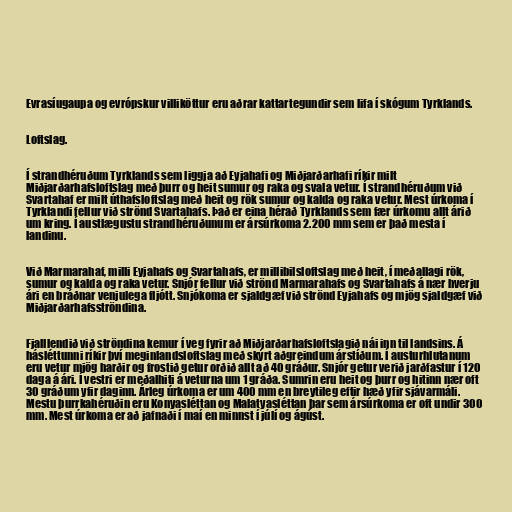
Evrasíugaupa og evrópskur villiköttur eru aðrar kattartegundir sem lifa í skógum Tyrklands.

Loftslag.

Í strandhéruðum Tyrklands sem liggja að Eyjahafi og Miðjarðarhafi ríkir milt
Miðjarðarhafsloftslag með þurr og heit sumur og raka og svala vetur. Í strandhéruðum við
Svartahaf er milt úthafsloftslag með heit og rök sumur og kalda og raka vetur. Mest úrkoma í
Tyrklandi fellur við strönd Svartahafs. Það er eina hérað Tyrklands sem fær úrkomu allt árið
um kring. Í austlægustu strandhéruðunum er ársúrkoma 2.200 mm sem er það mesta í
landinu.

Við Marmarahaf, milli Eyjahafs og Svartahafs, er millibilsloftslag með heit, í meðallagi rök,
sumur og kalda og raka vetur. Snjór fellur við strönd Marmarahafs og Svartahafs á nær hverju
ári en bráðnar venjulega fljótt. Snjókoma er sjaldgæf við strönd Eyjahafs og mjög sjaldgæf við
Miðjarðarhafsströndina.

Fjalllendið við ströndina kemur í veg fyrir að Miðjarðarhafsloftslagið nái inn til landsins. Á
hásléttunni ríkir því meginlandsloftslag með skýrt aðgreindum árstíðum. Í austurhlutanum
eru vetur mjög harðir og frostið getur orðið allt að 40 gráður. Snjór getur verið jarðfastur í 120
daga á ári. Í vestri er meðalhiti á veturna um 1 gráða. Sumrin eru heit og þurr og hitinn nær oft
30 gráðum yfir daginn. Árleg úrkoma er um 400 mm en breytileg eftir hæð yfir sjávarmáli.
Mestu þurrkahéruðin eru Konyasléttan og Malatyasléttan þar sem ársúrkoma er oft undir 300
mm. Mest úrkoma er að jafnaði í maí en minnst í júlí og ágúst.